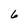
Character: 6